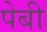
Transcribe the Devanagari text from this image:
पेबी